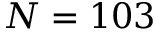
N = 1 0 3